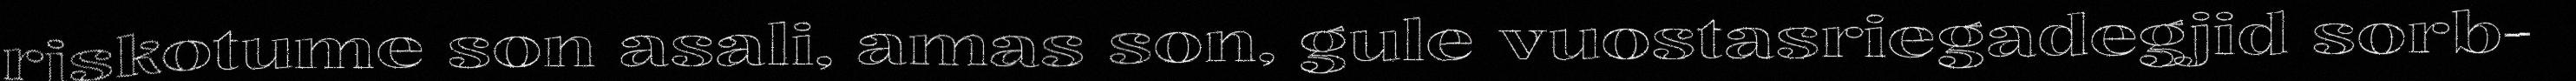
riskotume son asali, amas son, gule vuostasriegadegjid sorb-